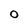
Character: O